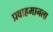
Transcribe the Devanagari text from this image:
प्रवाहमानला